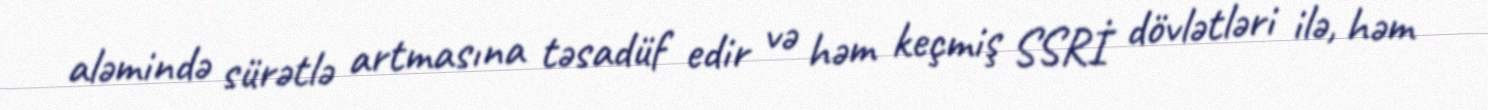
aləmində sürətlə artmasına təsadüf edir və həm keçmiş SSRİ dövlətləri ilə, həm